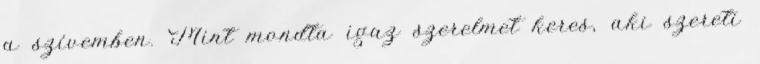
a szívemben. Mint mondta igaz szerelmet keres, aki szereti